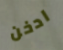
ادخن